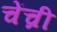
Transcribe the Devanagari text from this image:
चेंच्री